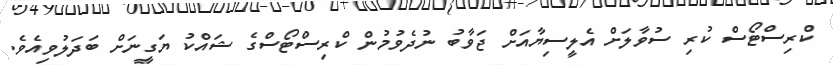
ކްރިސްޓޯސް ކުރި ސުވާލަށް އެލީސިޔާއަށް ޖަވާބު ނުދެވުމުން ކްރިސްޓޯސްގެ ޝައްކު ޔަގީނަށް ބަދަލުވިއެވެ.